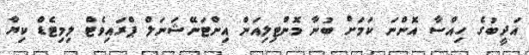
އަދީބުގެ ހިއްސާ އޮންނަ ކަމަށް ބުނާ މޮންޓިލިއަން އިންޓަނޭޝަނަލް ޕްރައިވެޓް ލިމިޓެޑް ކިޔާ